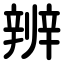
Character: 辨